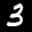
Label: 3